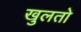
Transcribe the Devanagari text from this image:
खुलतो